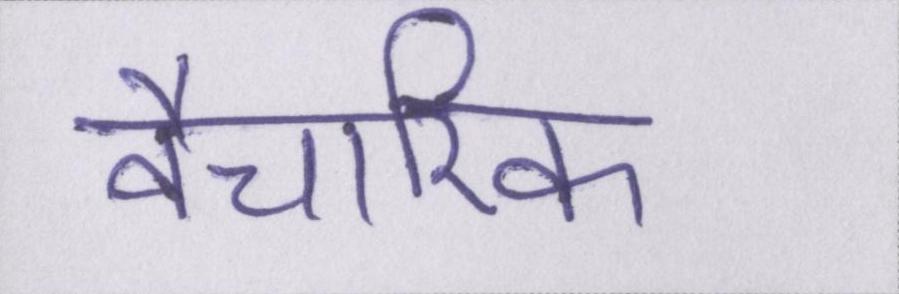
वैचारिक